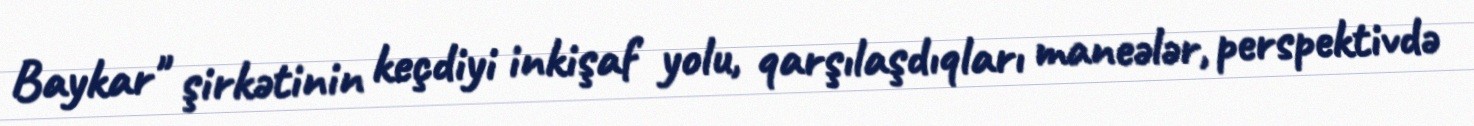
Baykar" şirkətinin keçdiyi inkişaf yolu, qarşılaşdıqları maneələr, perspektivdə